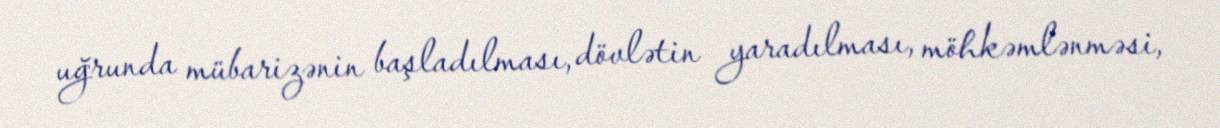
uğrunda mübarizənin başladılması, dövlətin yaradılması, möhkəmlənməsi,